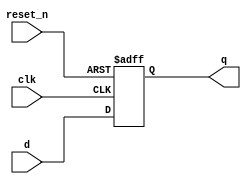
module DFF(clk, reset_n, d, q);
input clk,reset_n;
parameter N=16;
input [N-1:0] d;
output reg [N-1:0] q;
always @(posedge clk,negedge reset_n)
begin
if (!reset_n)
q <= {N{1'b0}};
else
q <= d;
end
endmodule